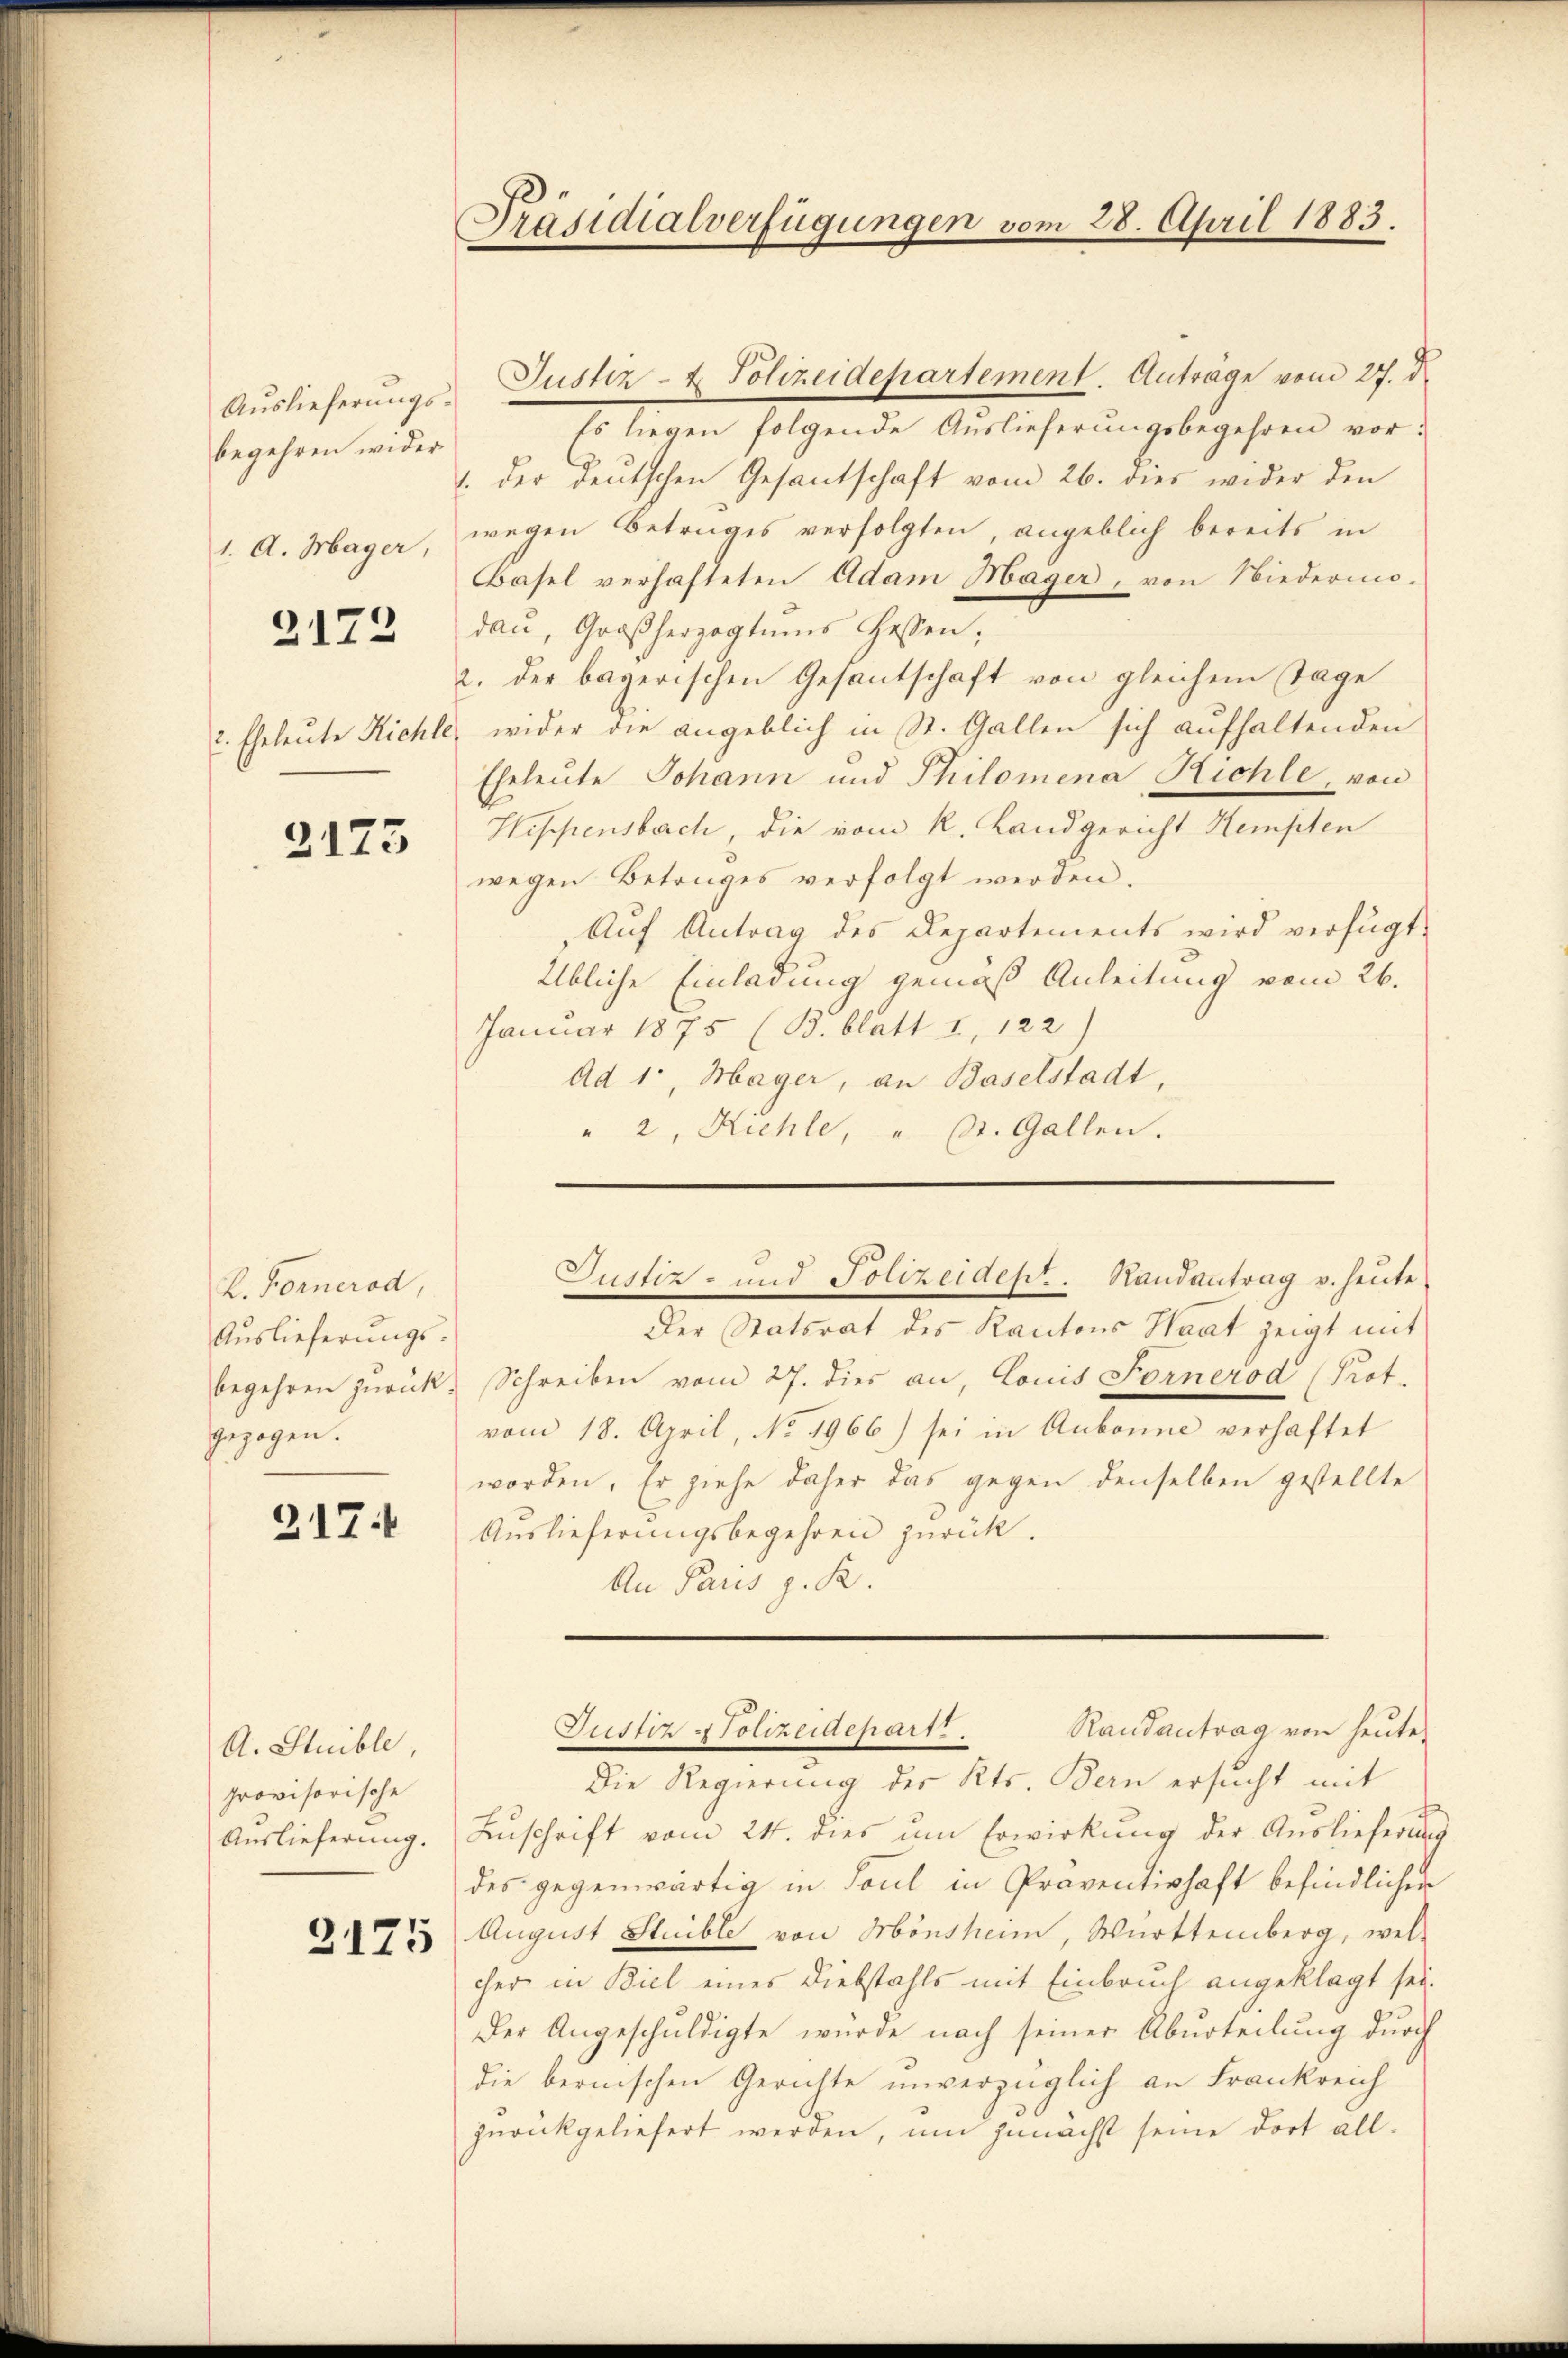
begehren wider
1. A. Mager,

2172

2173

k. Fornerod,
Auslieferungsbegehren zurück.
gezogen.

217:

Aŭslieferŭngs- Justiz- & Polizeidepartement. Anträge vom 27. d.
Es liegen folgende Auslieferungsbegehren vor:
1. der deutschen Gesantschaft vom 26. dies wider den
wegen Betruges verfolgten, angeblich bereits in
Basel verhafteten Adam Hager, von Niedermo-
dan, Großherzogtums Gessen;
2. der bayerischen Gesantschaft von gleichem Tage
2. Eheleute Richte, wider die angeblich in St. Gallen sich aufhaltenden
Eheleute Johann und Philomena Richte, von
Hispensberch, die vom k. Landgericht Kempten
wegen Betruges verfolgt werden.
Aŭf Antrag des Departements wird verfügt:
Übliche Einladung gemäß Anleitung vom 26.
Januar 1875 (B. blatt I, 122)
Ad 1, Mager, an Baselstadt
" 2, Kühle, u St. Gallen.

A. Stuible,
provisorische
Auslieferung.

2175

Präsidialverfügungen vom 28. April 1883.

Der Statsrat des Kantons Staat zeigt mit
Schreiben vom 27. dies an, Louis Fornerod (Prot.
vom 18. April, No 1966) sei in Aubonne verhaftet
worden. Er ziehe daher das gegen denselben gestellte
Auslieferungsbegehren zurück.
An Paris z. R.

Justiz- und Polizeidept. Randantrag v. heute

Dusser Polizeidepart

Randantrag von heute
Die Regierung des Kts. Bern ersucht mit
Zuschrift vom 24. dies um Erwirkung der Auslieferung
des gegenwärtig in Paul in Präventishaft befindlichen
August Stuible von Mönshein, Württemberg, wel-
her in Biel eines Diebstahls mit Einbruch angeklagt sei.
Der Angeschuldigte würde nach seiner Aburteilung durch
die bernischen Gerichte unverzüglich an Frankreich
zurückgeliefert werden, um zunächst seine dort all¬